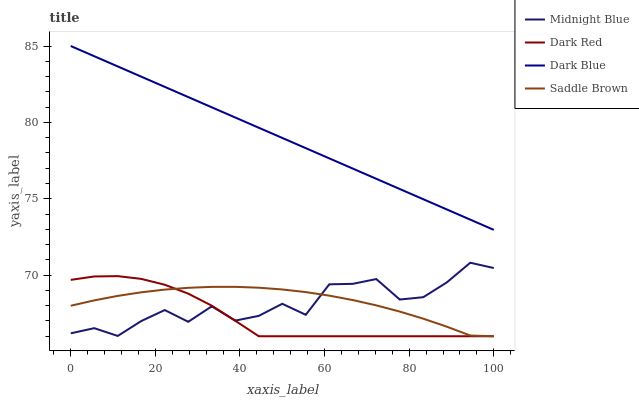
| xaxis_label | Midnight Blue | Dark Red | Dark Blue | Saddle Brown |
 | --- | --- | --- | --- | --- |
 | 0 | 66.2 | 69.7 | 85 | 68 |
 | 5.56 | 66.5 | 69.9 | 84.3 | 68.3 |
 | 11.1 | 66 | 69.9 | 83.7 | 68.6 |
 | 16.7 | 67 | 69.8 | 83 | 68.9 |
 | 22.2 | 67.7 | 69.4 | 82.3 | 69.1 |
 | 27.8 | 66.9 | 68.8 | 81.7 | 69.2 |
 | 33.3 | 68 | 68 | 81 | 69.2 |
 | 38.9 | 67 | 67 | 80.3 | 69.2 |
 | 44.4 | 67.3 | 66 | 79.7 | 69.2 |
 | 50 | 68.1 | 66 | 79 | 69.1 |
 | 55.6 | 67.4 | 66 | 78.3 | 68.9 |
 | 61.1 | 69.4 | 66 | 77.6 | 68.7 |
 | 66.7 | 69.4 | 66 | 77 | 68.4 |
 | 72.2 | 69.7 | 66 | 76.3 | 68 |
 | 77.8 | 68.4 | 66 | 75.6 | 67.6 |
 | 83.3 | 68.6 | 66 | 75 | 67.2 |
 | 88.9 | 69.5 | 66 | 74.3 | 66.6 |
 | 94.4 | 70.8 | 66 | 73.6 | 66 |
 | 100 | 70.5 | 66 | 73 | 66 |